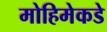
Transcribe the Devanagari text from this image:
मोहिमेकडे